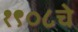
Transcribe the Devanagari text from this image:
१९०८चे